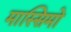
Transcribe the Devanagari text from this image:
मास्‍सिमो